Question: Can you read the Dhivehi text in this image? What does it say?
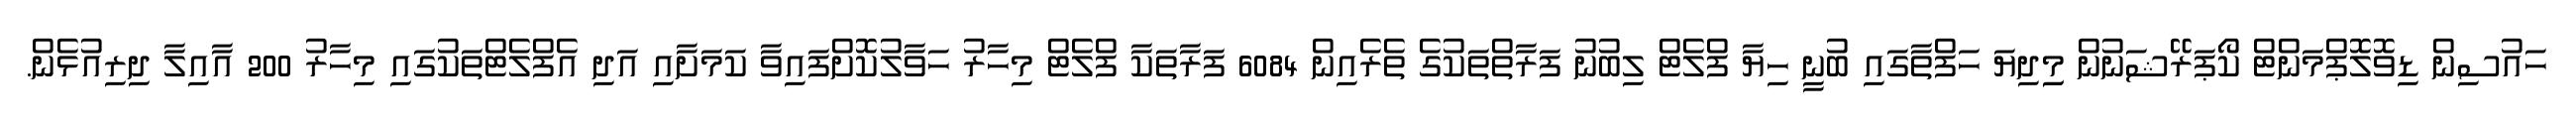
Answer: ހައުސިން ޑިވޮލޮޕްމަންޓް ކޯޕަރޭޝަނުން މިިދިޔަ ހަފްތާގައި ބުނީ ހިޔާ ފްލެޓް ލިބުނު ފަރާތްތަކުގެ ތެރެއިން 6084 ފަރާތަކާ ފްލެޓް މިހާރު ހަވާލުކޮށްފައިވާ ކަމަށާއި އަދި އެފްލެޓްތަކުގައި މިހާރު 200 އާއިލާ ދިރިއުޅެން.